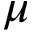
\mu